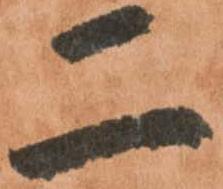
二